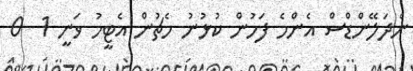
ނެދަލޭންޑްސް އެންމެ ފަހުން ކުޅުނު މެޗުން އެޓީމު ވަނީ 1  0